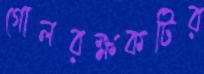
গোলরক্ষকটির